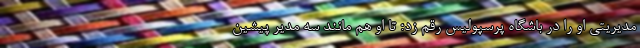
مدیریتی او را در باشگاه پرسپولیس رقم زد؛ تا او هم مانند سه مدیر پیشین